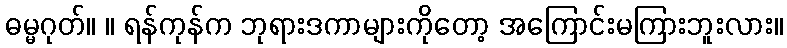
ဓမ္မဂုတ်။ ။ ရန်ကုန်က ဘုရားဒကာများကိုတော့ အကြောင်းမကြားဘူးလား။